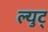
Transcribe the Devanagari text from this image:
ल्युट्